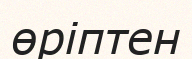
өріптен